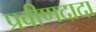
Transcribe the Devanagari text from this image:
प्रवीणदादा